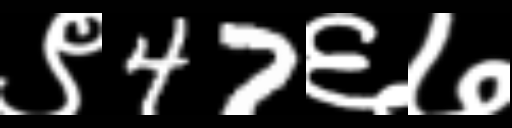
Text: ९47६७